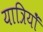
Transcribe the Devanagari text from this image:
यात्रियोँ